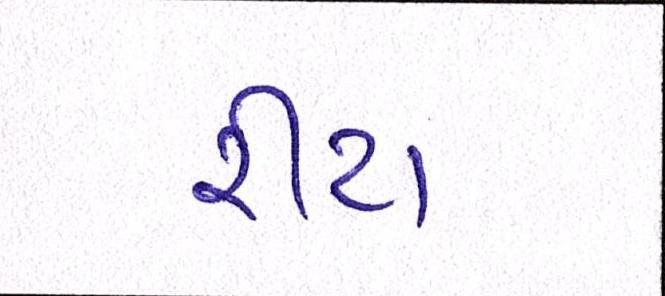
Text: રીટા